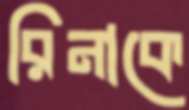
রিনাকে